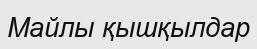
Майлы қышқылдар